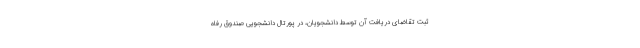
ثبت تقاضای دریافت آن توسط دانشجویان، در پورتال دانشجویی صندوق رفاه